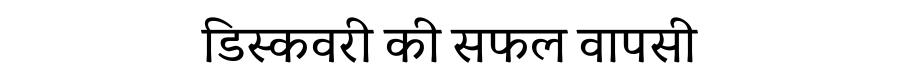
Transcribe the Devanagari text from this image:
डिस्कवरी की सफल वापसी